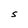
Character: S